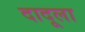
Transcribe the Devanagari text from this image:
दादूला